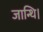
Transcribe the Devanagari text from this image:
जान्थि।